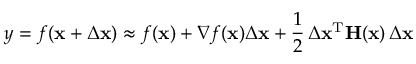
y = f ( \mathbf { x } + \Delta \mathbf { x } ) \approx f ( \mathbf { x } ) + \nabla f ( \mathbf { x } ) \Delta \mathbf { x } + { \frac { 1 } { 2 } } \, \Delta \mathbf { x } ^ { \mathrm { T } } \mathbf { H } ( \mathbf { x } ) \, \Delta \mathbf { x }